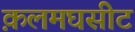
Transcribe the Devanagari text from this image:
क़लमघसीट